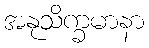
အနုသိက္ခမာနာ